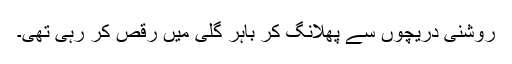
روشنی دریچوں سے پھلانگ کر باہر گلی میں رقص کر رہی تھی۔